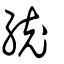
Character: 統